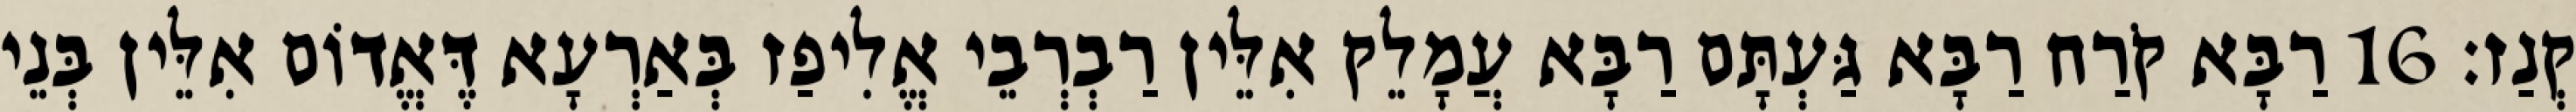
קְנַז׃ 16 רַבָּא קֹרַח רַבָּא גַּעְתָּם רַבָּא עֲמָלֵק אִלֵּין רַבְרְבֵי אֱלִיפַז בְּאַרְעָא דֶּאֱדוֹם אִלֵּין בְּנֵי